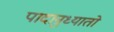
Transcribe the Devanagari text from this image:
पादानुध्यातो